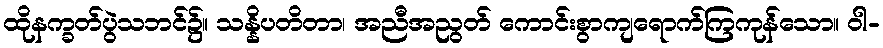
ထိုနက္ခတ်ပွဲသဘင်၌။ သန္နိပတိတာ၊ အညီအညွတ် ကောင်းစွာကျရောက်ကြကုန်သော။ ဝါ-